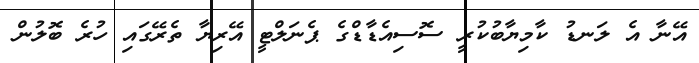
އޭނާ އެ ލަނޑު ކާމިޔާބުކުރީ ސޮސިއެޑާޑްގެ ޕެނަލްޓީ އޭރިޔާ ތެރޭގައި ހުރެ ބޮލުން